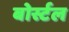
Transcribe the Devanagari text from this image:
बोर्स्टल